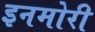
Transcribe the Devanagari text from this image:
इनमोरी